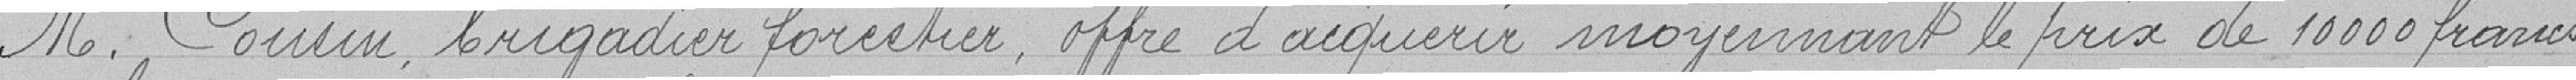
Monsieur Cousin, brigadier forestier, offre d'acquérir moyennant le prix de 10000 francs